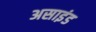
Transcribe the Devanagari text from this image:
असाइंड